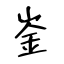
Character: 崟